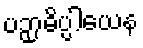
ပဉှာဓိပ္ပါယေန